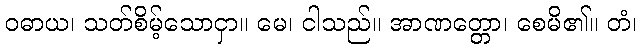
ဝဓာယ၊ သတ်စိမ့်သောငှာ။ မေ၊ ငါသည်။ အာဏတ္တော၊ စေမိ၏။ တံ၊